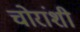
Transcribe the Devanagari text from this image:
चोरांशी